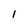
Character: 1